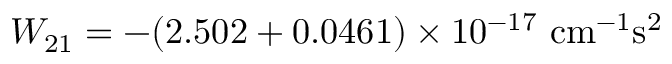
W _ { 2 1 } = - ( 2 . 5 0 2 + 0 . 0 4 6 1 ) \times 1 0 ^ { - 1 7 } ~ \mathrm { c m ^ { - 1 } s ^ { 2 } }